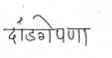
मजकूर: दांडगेपणा